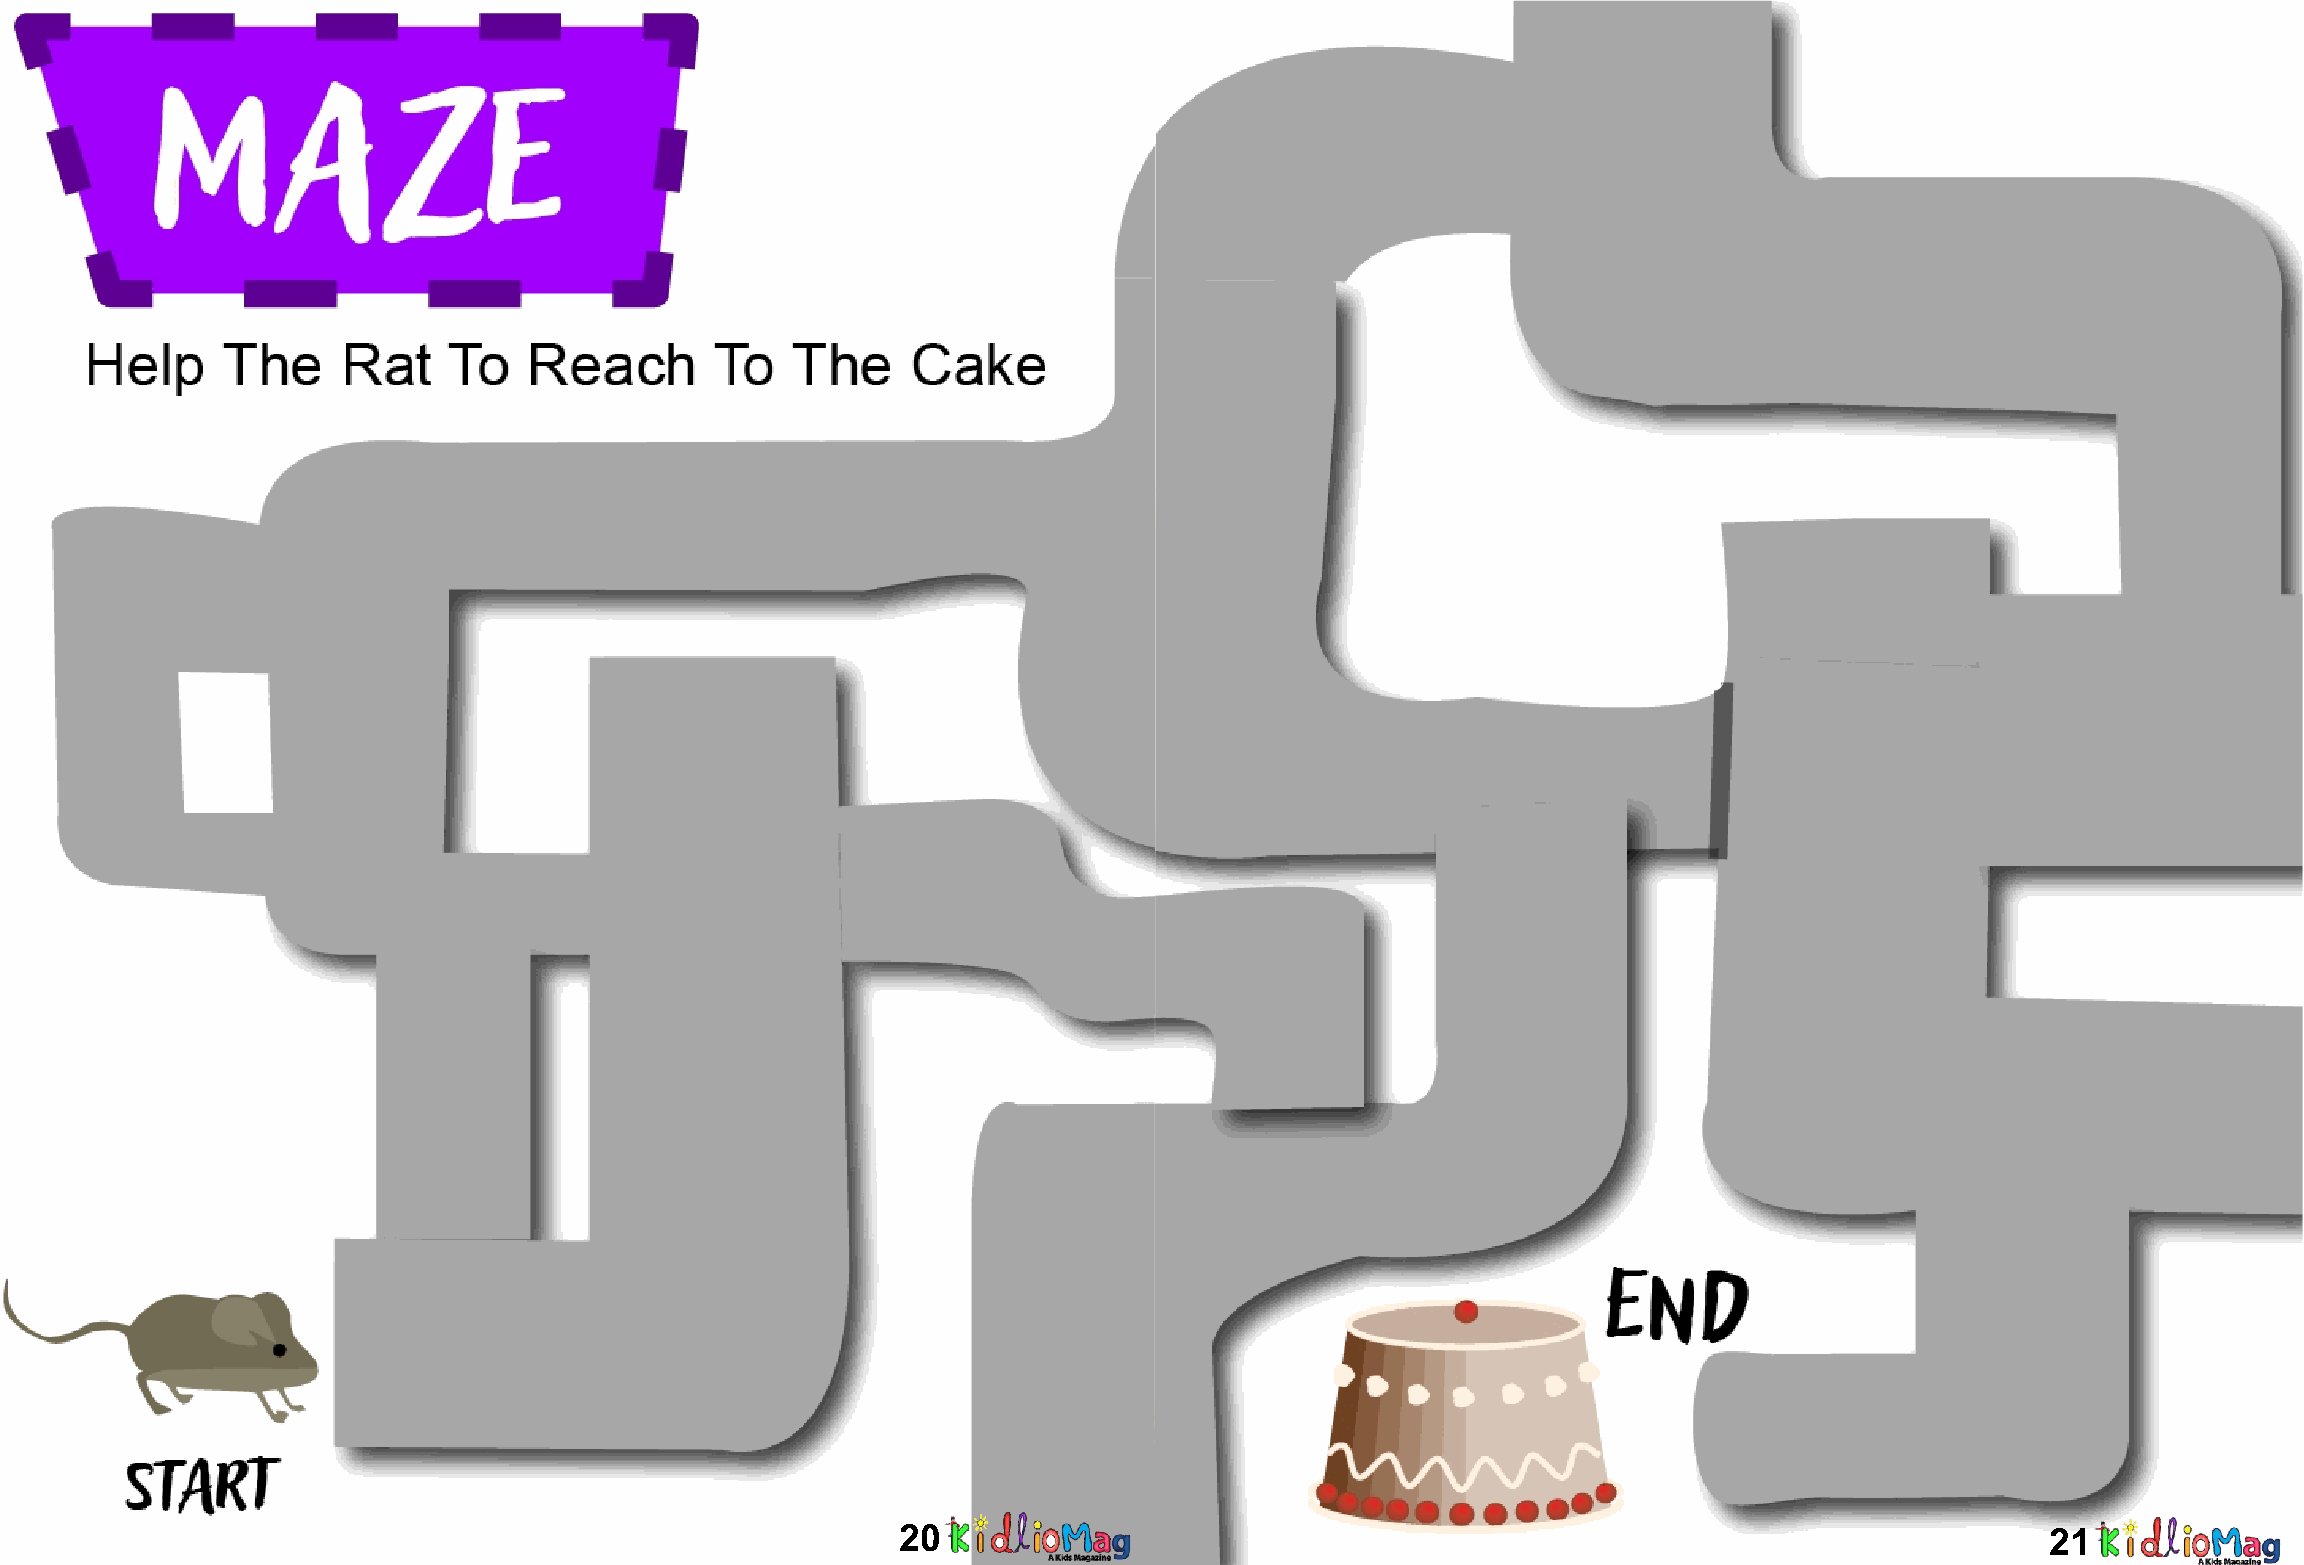
20                                                                          21